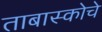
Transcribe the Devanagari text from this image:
ताबास्कोचे